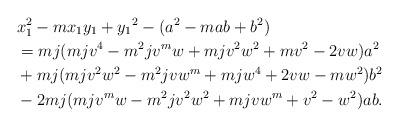
LaTeX: \begin{align*} & x_1^2 -mx_1y_1+{y_1}^2 -(a^2 -m ab + b^2 ) \\ &= mj(mjv^4 - m^2jv^mw + mjv^2w^2 + mv^2 - 2vw)a^2 \\& + mj(mjv^2w^2 - m^2jvw^m + mjw^4 + 2vw - mw^2)b^2 \\&- 2mj(mjv^mw - m^2jv^2w^2 + mjvw^m + v^2 - w^2)ab . \end{align*}